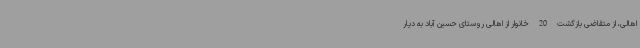
اهالی، از متقاضی بازگشت 20 خانوار از اهالی روستای حسین آباد به دیار